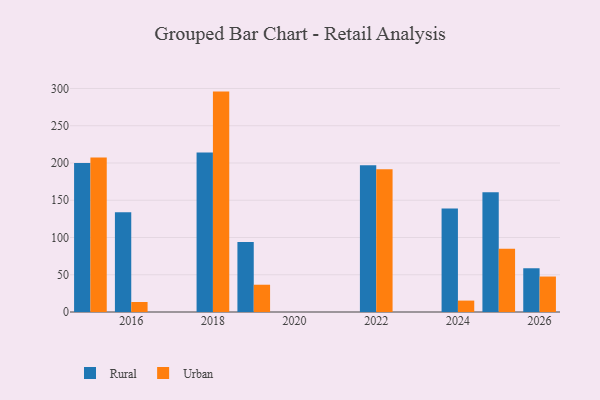
{"axis": {"x": "Year", "y": "Budget (USD K)"}, "legend": ["Rural", "Urban"], "data": [{"x": "2016", "y": 133.8, "type": "Rural"}, {"x": "2016", "y": 13.4, "type": "Urban"}, {"x": "2025", "y": 160.7, "type": "Rural"}, {"x": "2025", "y": 84.9, "type": "Urban"}, {"x": "2019", "y": 93.9, "type": "Rural"}, {"x": "2019", "y": 36.6, "type": "Urban"}, {"x": "2024", "y": 138.9, "type": "Rural"}, {"x": "2024", "y": 15.3, "type": "Urban"}, {"x": "2022", "y": 197.1, "type": "Rural"}, {"x": "2022", "y": 191.5, "type": "Urban"}, {"x": "2015", "y": 200.0, "type": "Rural"}, {"x": "2015", "y": 207.2, "type": "Urban"}, {"x": "2026", "y": 58.7, "type": "Rural"}, {"x": "2026", "y": 47.6, "type": "Urban"}, {"x": "2018", "y": 214.0, "type": "Rural"}, {"x": "2018", "y": 295.8, "type": "Urban"}]}